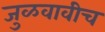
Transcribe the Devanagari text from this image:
जुळवावीच